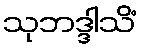
သုဘဒ္ဒါသိံ